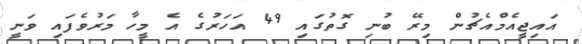
އައިޖީއެމްއެޗުން މިރޭ ބުނި ގޮތުގައި 49 އަހަރުގެ އެ މީހާ މަރުވެފައި ވަނީ